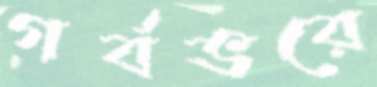
গর্বভরে